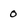
Character: 0